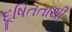
દૂષિતતાથી